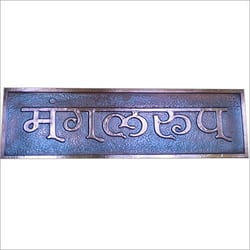
Language: marathi
Transcription: मंगलरूप